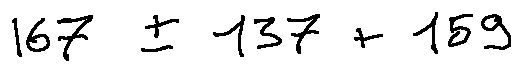
1 6 7 \pm 1 3 7 + 1 5 9